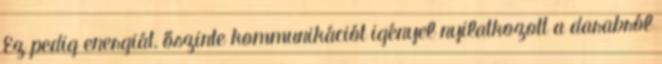
Ez pedig energiát, őszinte kommunikációt igényel nyilatkozott a darabról